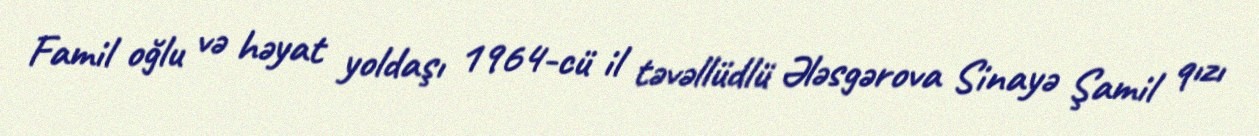
Famil oğlu və həyat yoldaşı 1964-cü il təvəllüdlü Ələsgərova Sinayə Şamil qızı